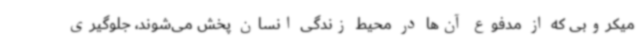
میکروبی که از مدفوع آن‌ها در محیط زندگی انسان پخش می‌شوند، جلوگیری